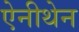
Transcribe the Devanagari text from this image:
ऐनीथेन